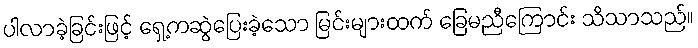
ပါလာခဲ့ခြင်းဖြင့် ရှေ့ကဆွဲပြေးခဲ့သော မြင်းများထက် ခြေမညီကြောင်း သိသာသည်။